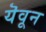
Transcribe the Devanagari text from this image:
यॆवून